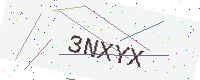
Text: 3NXYX